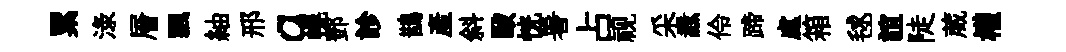
累渌層飄紬邢a幌鄧診鵲産斜毆恍暑占视采纛伶蹄處箱毬誼陡葳權